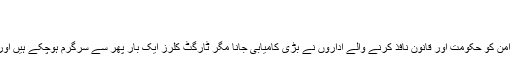
(08.05.2016)
کراچی: ٹارگٹ کلنگ کے نئے طریقے
کراچی میں جاری ٹارگیٹڈ آپریشن میں جز وقتی امن کو حکومت اور قانون نافذ کرنے والے اداروں نے بڑی کامیابی جانا مگر ٹارگٹ کلرز ایک بار پھر سے سرگرم ہوچکے ہیں اور پولیس اور رینجرز کی نیندیں حرام ہوگئی ہیں۔